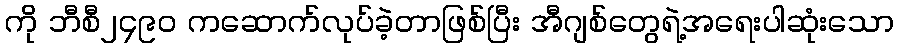
ကို ဘီစီ၂၄၉၀ ကဆောက်လုပ်ခဲ့တာဖြစ်ပြီး အီဂျစ်တွေရဲ့အရေးပါဆုံးသော